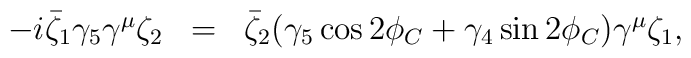
\begin{array}{lcl}-i\bar{\zeta}_1 \gamma_5 \gamma^\mu \zeta_2& = & \bar{\zeta}_2 (\gamma_5 \cos 2\phi_C + \gamma_4 \sin 2\phi_C ) \gamma^\mu\zeta_1 ,\end{array}